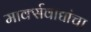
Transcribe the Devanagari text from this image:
मार्क्सवाद्यांचा